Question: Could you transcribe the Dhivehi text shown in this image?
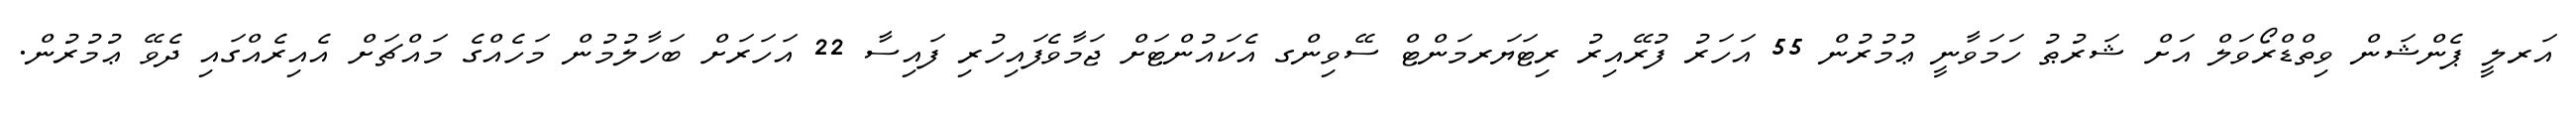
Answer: އަރލީ ޕެންޝަން ވިތްޑްރޯވަލް އަށް ޝަރުޠު ހަމަވާނީ ޢުމުރުން 55 އަހަރު ފުރޭއިރު ރިޓަޔަރމަންޓް ސޭވިންގ އެކައުންޓަށް ޖަމާވެފައިހުރި ފައިސާ 22 އަހަރަށް ބަހާލުމުން މަހެއްގެ މައްޗަށް އެއިރެއްގައި ދެވޭ ޢުމުރުން.